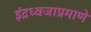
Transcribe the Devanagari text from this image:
इंद्रध्वजाप्रमाणे